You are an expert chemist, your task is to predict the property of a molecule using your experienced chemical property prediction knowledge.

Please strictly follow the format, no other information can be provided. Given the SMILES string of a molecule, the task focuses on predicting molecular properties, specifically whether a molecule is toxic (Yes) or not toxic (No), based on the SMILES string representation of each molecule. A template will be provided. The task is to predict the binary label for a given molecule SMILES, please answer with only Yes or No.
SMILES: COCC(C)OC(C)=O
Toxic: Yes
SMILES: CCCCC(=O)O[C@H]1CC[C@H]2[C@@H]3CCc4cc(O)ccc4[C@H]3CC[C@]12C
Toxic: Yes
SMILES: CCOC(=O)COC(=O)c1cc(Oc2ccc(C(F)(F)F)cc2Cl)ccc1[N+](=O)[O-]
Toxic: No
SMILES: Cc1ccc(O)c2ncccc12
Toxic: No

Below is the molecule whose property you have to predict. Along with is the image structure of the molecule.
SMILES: C[N+](C)(C)CCO
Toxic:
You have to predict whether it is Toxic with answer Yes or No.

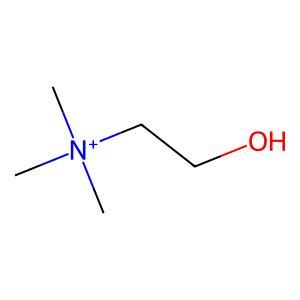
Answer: No